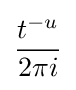
{\frac {t^{-u}}{2\pi i}}